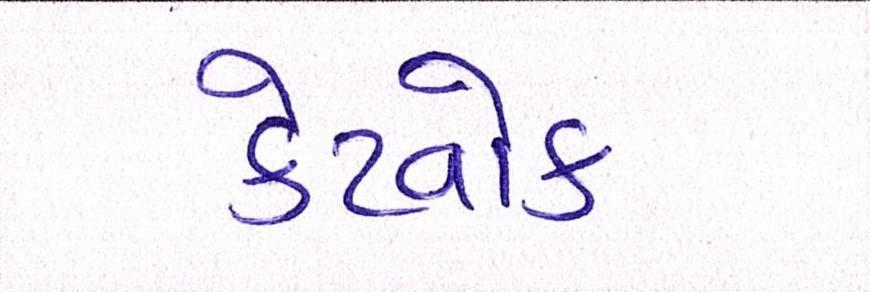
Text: કેટવોક